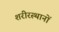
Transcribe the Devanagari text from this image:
शरीरस्थानों